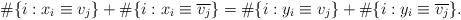
LaTeX: \begin{align*}\#\{i : x_i\equiv {v_j}\}+\#\{i: x_i\equiv \overline{v_j}\}=\#\{i: y_i\equiv{v_j}\}+\#\{i: y_i\equiv\overline{v_j} \}.\end{align*}